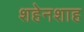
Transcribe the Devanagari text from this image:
शहेनशाह